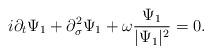
LaTeX: \begin{align*} i\partial_t \Psi_1+\partial_\sigma^2\Psi_1+\omega\frac{\Psi_1}{|\Psi_1|^2}=0.\end{align*}